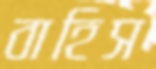
বাহিস